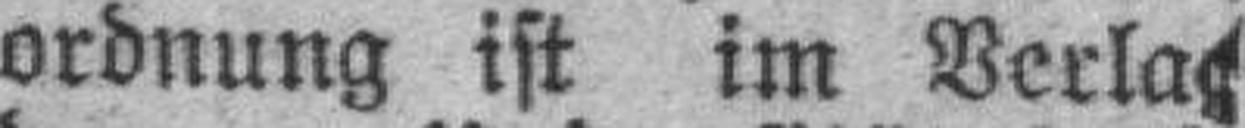
ordnung ist im Verlag